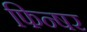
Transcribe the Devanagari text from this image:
फिन्षर